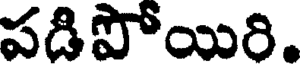
పడిపోయిరి.